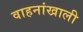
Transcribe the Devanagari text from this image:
वाहनांखाली